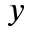
y